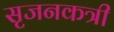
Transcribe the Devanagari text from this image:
सृजनकत्री